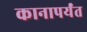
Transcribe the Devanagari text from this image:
कानापर्यंत